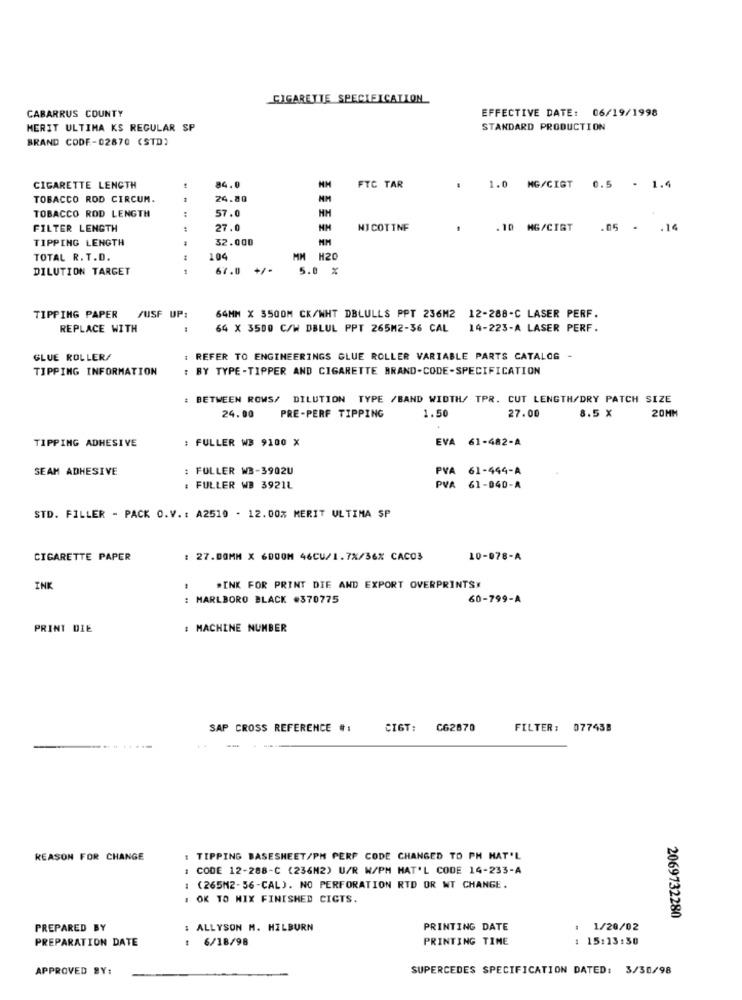
CIGARETTE SPECIFICATION
CABARRUS COUNTY
EFFECTIVE DATE: 06/19/1998
MERIT ULTIMA KS REGULAR SP
STANDARD PRODUCTION
BRAND CODE-02870 (STD)
CIGARETTE LENGTH
84.0
MM
FTC TAR
: 1.0 MG/GIGT 0.5 . 1.4
TOBACCO ROD CIRCUM.
24.80
TOBACCO ROD LENGTH
57.0
FILTER LENGTH
27.0
NH
NICOTINE
. 10 MG/CIGT
.05 - . 14
TIPPING LENGTH
32.000
TOTAL R. T.D.
104
MM H20
DILUTION TARGET
...
67.0
5.0 %
TIPPING PAPER
/USF UP:
64MM X 3500M CK/WHT DBLULLS PPT 236M2 12-288-C LASER PERF.
REPLACE WITH
64 X 3500 C/W DBLUL PPT 265M2-36 CAL 14-223-A LASER PERF.
GLUE ROLLER/
: REFER TO ENGINEERINGS GLUE ROLLER VARIABLE PARTS CATALOG -
TIPPING INFORMATION
: BY TYPE -TIPPER AND CIGARETTE BRAND-CODE-SPECIFICATION
BETWEEN ROWS/ DILUTION TYPE /BAND WIDTH/ TPR. CUT LENGTH/DRY PATCH SIZE
24.00
1.50
27.00
PRE-PERF TIPPING
8.5 X
20MM
: FULLER WB 9100 X
EVA 61-482-A
TIPPING ADHESIVE
SEAM ADHESIVE
: FULLER W3-3902U
PVA 61-444-A
: FULLER WB 3921L
PVA 61-040-A
STD. FILLER - PACK O.V. : A2510 - 12.00% MERIT ULTIMA SP
CIGARETTE PAPER
: 27.DOMM X 6DOOM 46CU/1.7X/36% CACO3
10-078-A
INK
.INK FOR PRINT DIE AND EXPORT OVERPRINTS
MARLBORO BLACK #370775
60-799-A
PRINT DIE
: MACHINE NUMBER
SAP CROSS REFERENCE #:
CIGT:
C62670
FILTER: 077438
REASON FOR CHANGE
: TIPPING BASESHEET/PH PERP CODE CHANGED TO PH HAT'L
CODE 12-288-C (236M2) U/R W/PM HAT'L CODE 14-233-A
(265M2-56-CAL). NO PERFORATION RTD OR WT CHANGE.
OK TO MIX FINISHED CICTS.
2069732280
PREPARED BY
: ALLYSON M. HILBURN
PRINTING DATE
1/20/02
PREPARATION DATE
: 6/18/98
PRINTING TIME
15:13:30
APPROVED BY:
SUPERCEDES SPECIFICATION DATED: 3/30/98